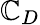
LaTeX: \mathbb{C}_{D}